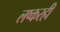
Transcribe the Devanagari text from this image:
लष्करही